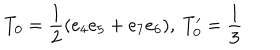
T _ { 0 } = \frac { 1 } { 2 } ( e _ { 4 } e _ { 5 } + e _ { 7 } e _ { 6 } ) , \ T _ { 0 } ^ { \prime } = \frac { 1 } { 3 }